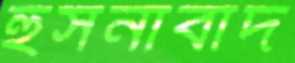
হুসনাবাদ